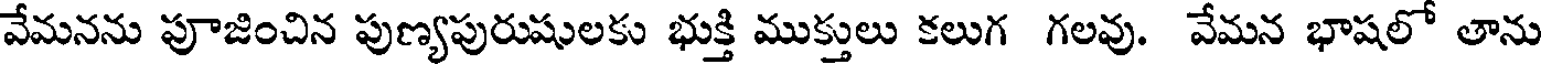
వేమనను పూజించిన పుణ్యపురుషులకు భుక్తి ముక్తులు కలుగ గలవు. వేమన భాషలో తాను